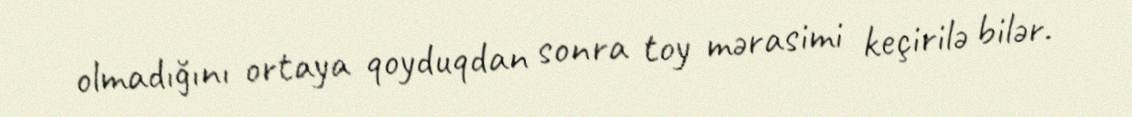
olmadığını ortaya qoyduqdan sonra toy mərasimi keçirilə bilər.